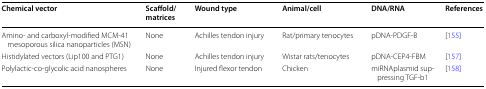
| Chemical vector | Scaffold/matrices | Wound type | Animal/cell | DNA/RNA | References |
 | --- | --- | --- | --- | --- | --- |
 | Amino- and carboxyl-modified MCM-41 mesoporous silica nanoparticles (MSN) | None | Achilles tendon injury | Rat/primary tenocytes | pDNA-PDGF-B | [155] |
 | Histidylated vectors (Lip100 and PTG1) | None | Achilles tendon injury | Wistar rats/tenocytes | pDNA-CEP4-FBM | [157] |
 | Polylactic-co-glycolic acid nanospheres | None | Injured flexor tendon | Chicken | miRNAplasmid suppressing TGF-b1 | [158] |